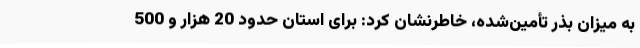
به میزان بذر تأمین‌شده، خاطرنشان کرد: برای استان حدود 20 هزار و 500